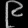
Digit: ၉